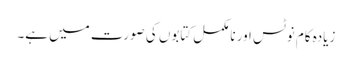
زیادہ کام نوٹس اور نامکمل کتابوں کی صورت میں ہے۔